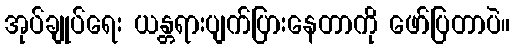
အုပ်ချုပ်ရေး ယန္တရားပျက်ပြားနေတာကို ဖော်ပြတာပဲ။